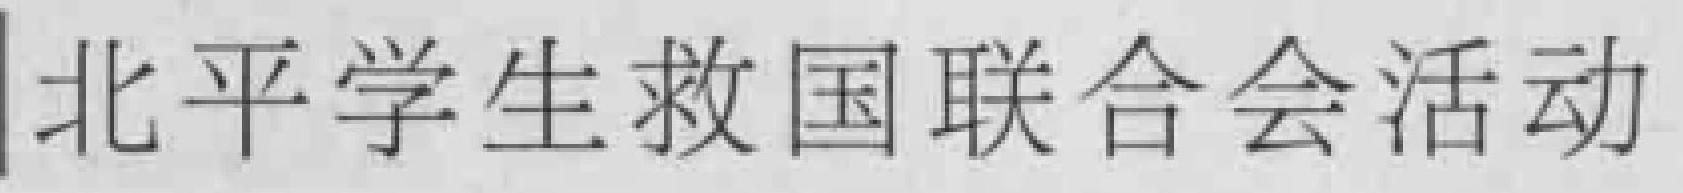
北平学生救国联合会活动